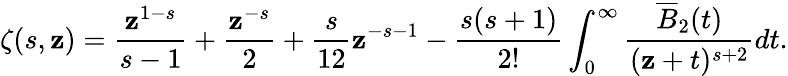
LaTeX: \zeta(s,\mathbf{z})=\frac{{\mathbf{z}^{1-s}}}{{s-1}}+\frac{{\mathbf{z}^{-s}}}{{2}}+\frac{{s}}{{12}}\mathbf{z}^{-s-1}-\frac{{s(s+1)}}{{2!}}\int_{0}^{\infty}\frac{{\overline{{{{B}}}}_{2}(t)}}{{(\mathbf{z}+t)^{s+2}}}dt.